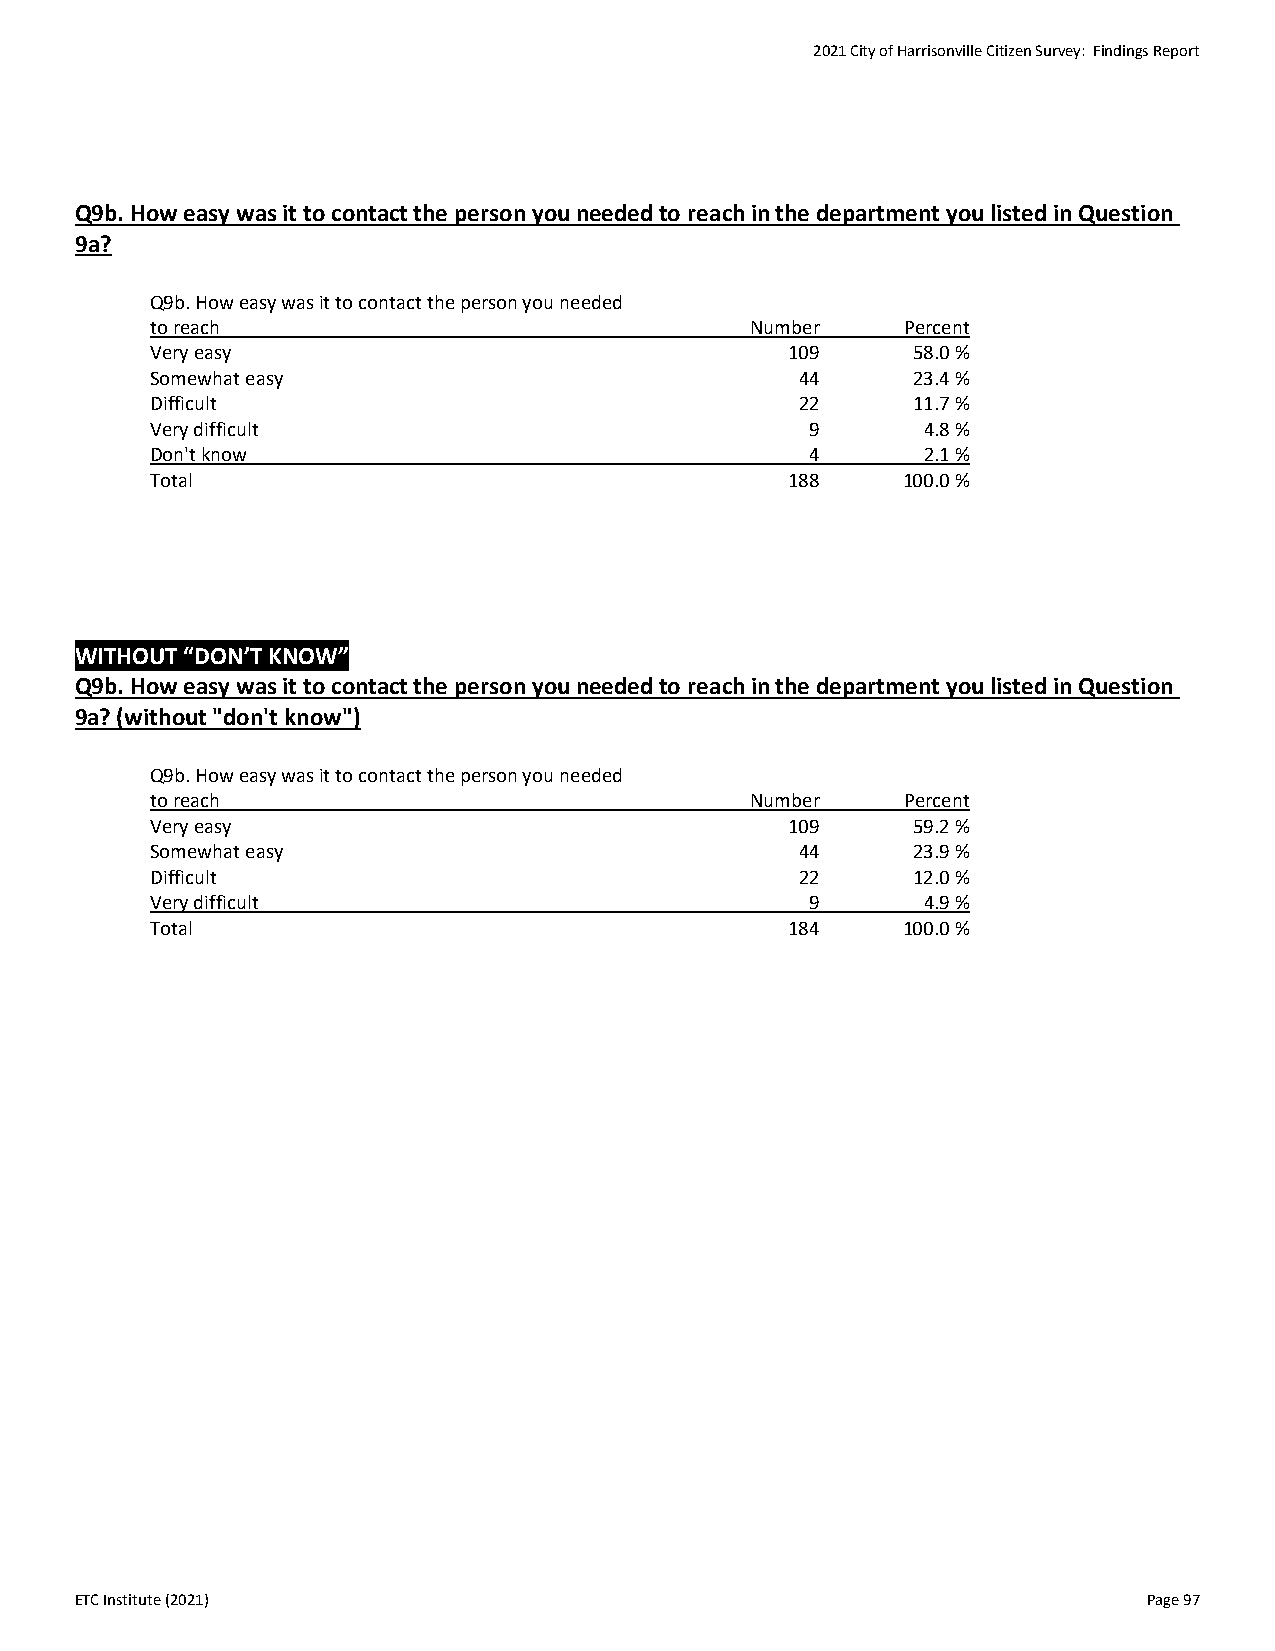
2021 City of Harrisonville Citizen Survey: Findings Report
 Q9b. How easy was it to contact the person you needed to reach in the department you listed in Question
 9a?
 Q9b. How easy was it to contact the person you needed
 to reach                                Number    Percent
 Very easy                                 109     58.0 %
 Somewhat easy                              44     23.4 %
 Difficult                                  22     11.7 %
 Very difficult                              9      4.8 %
 Don't know                                  4      2.1 %
 Total                                     188     100.0 %
 WITHOUT “DON’T KNOW”
 Q9b. How easy was it to contact the person you needed to reach in the department you listed in Question
 9a? (without "don't know")
 Q9b. How easy was it to contact the person you needed
 to reach                                Number    Percent
 Very easy                                 109     59.2 %
 Somewhat easy                              44     23.9 %
 Difficult                                  22     12.0 %
 Very difficult                              9      4.9 %
 Total                                     184     100.0 %
 ETC Institute (2021)                                                   Page 97